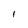
Character: I